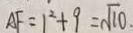
A F = 1 ^ { 2 } + 9 = \sqrt { 1 0 }